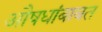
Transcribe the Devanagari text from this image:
औषधांबाबत